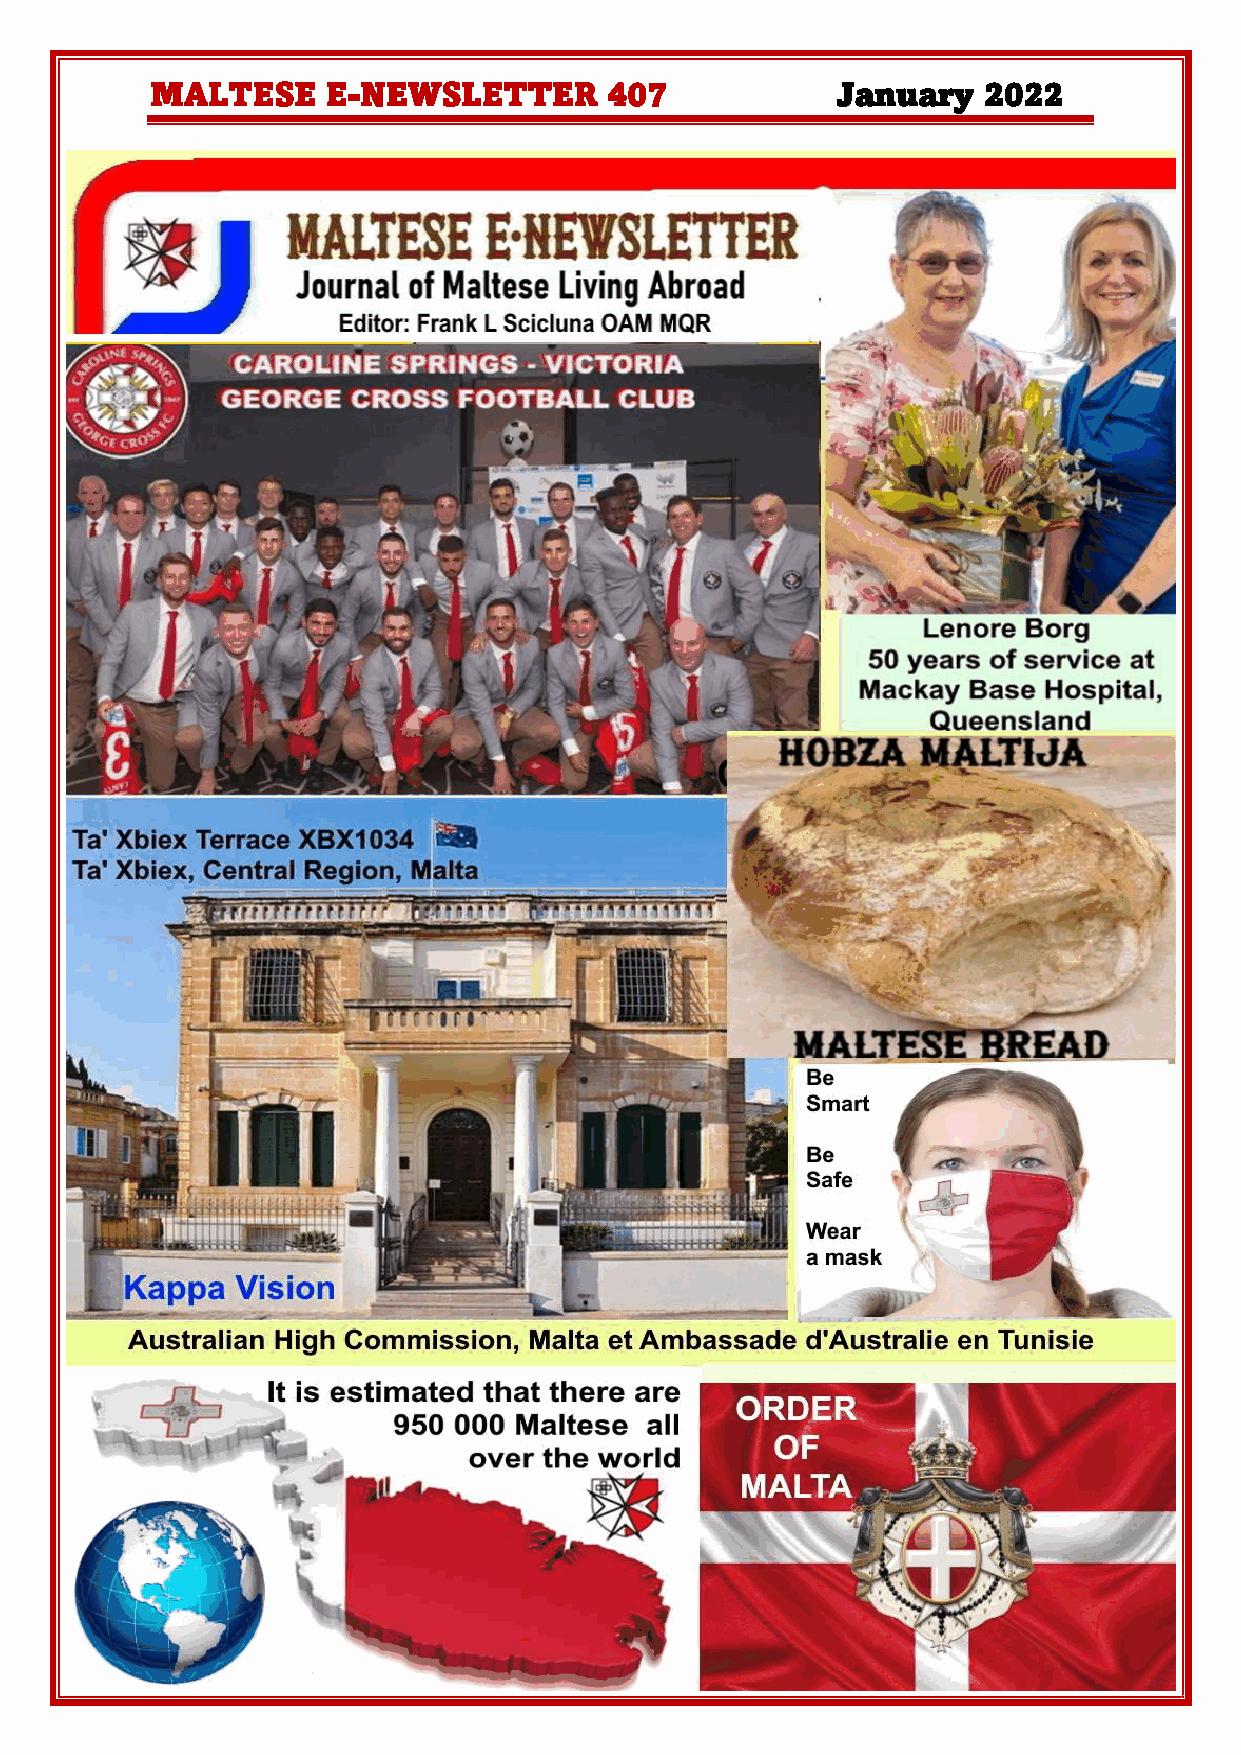
MALTESE     E-NEWSLETTER      407            January   2022
 1